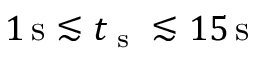
1 \, \mathrm { s } \lesssim t _ { \textrm { s } } \lesssim 1 5 \, \mathrm { s }